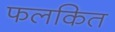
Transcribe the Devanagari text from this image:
फलकित